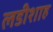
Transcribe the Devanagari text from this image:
लडीशाह